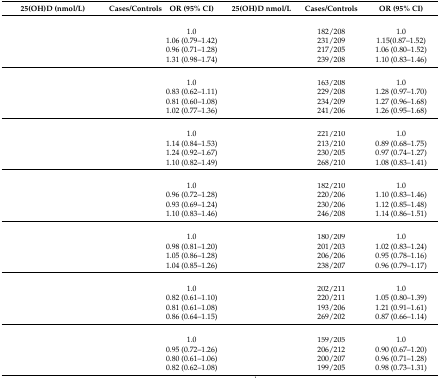
<table><thead><tr><td colspan="2"><b>25(OH)D (nmol/L)</b></td><td><b>Cases/Controls</b></td><td><b>OR (95% CI)</b></td><td><b>25(OH)D nmol/L</b></td><td><b>Cases/Controls</b></td><td><b>OR (95% CI)</b></td></tr></thead><tbody><tr><td>[EMPTY_CELL]</td><td colspan="3">[EMPTY_CELL]</td><td colspan="3">[EMPTY_CELL]</td></tr><tr><td>[EMPTY_CELL]</td><td>[EMPTY_CELL]</td><td>[EMPTY_CELL]</td><td>1.0</td><td>[EMPTY_CELL]</td><td>182/208</td><td>1.0</td></tr><tr><td>[EMPTY_CELL]</td><td>[EMPTY_CELL]</td><td>[EMPTY_CELL]</td><td>1.06 (0.79–1.42)</td><td>[EMPTY_CELL]</td><td>231/209</td><td>1.15(0.87–1.52)</td></tr><tr><td>[EMPTY_CELL]</td><td>[EMPTY_CELL]</td><td>[EMPTY_CELL]</td><td>0.96 (0.71–1.28)</td><td>[EMPTY_CELL]</td><td>217/205</td><td>1.06 (0.80–1.52)</td></tr><tr><td>[EMPTY_CELL]</td><td>[EMPTY_CELL]</td><td>[EMPTY_CELL]</td><td>1.31 (0.98–1.74)</td><td>[EMPTY_CELL]</td><td>239/208</td><td>1.10 (0.83–1.46)</td></tr><tr><td>[EMPTY_CELL]</td><td colspan="3">[EMPTY_CELL]</td><td colspan="3">[EMPTY_CELL]</td></tr><tr><td>[EMPTY_CELL]</td><td>[EMPTY_CELL]</td><td>[EMPTY_CELL]</td><td>1.0</td><td>[EMPTY_CELL]</td><td>163/208</td><td>1.0</td></tr><tr><td>[EMPTY_CELL]</td><td>[EMPTY_CELL]</td><td>[EMPTY_CELL]</td><td>0.83 (0.62–1.11)</td><td>[EMPTY_CELL]</td><td>229/208</td><td>1.28 (0.97–1.70)</td></tr><tr><td>[EMPTY_CELL]</td><td>[EMPTY_CELL]</td><td>[EMPTY_CELL]</td><td>0.81 (0.60–1.08)</td><td>[EMPTY_CELL]</td><td>234/209</td><td>1.27 (0.96–1.68)</td></tr><tr><td>[EMPTY_CELL]</td><td>[EMPTY_CELL]</td><td>[EMPTY_CELL]</td><td>1.02 (0.77–1.36)</td><td>[EMPTY_CELL]</td><td>241/206</td><td>1.26 (0.95–1.68)</td></tr><tr><td>[EMPTY_CELL]</td><td colspan="3">[EMPTY_CELL]</td><td colspan="3">[EMPTY_CELL]</td></tr><tr><td>[EMPTY_CELL]</td><td>[EMPTY_CELL]</td><td>[EMPTY_CELL]</td><td>1.0</td><td>[EMPTY_CELL]</td><td>221/210</td><td>1.0</td></tr><tr><td>[EMPTY_CELL]</td><td>[EMPTY_CELL]</td><td>[EMPTY_CELL]</td><td>1.14 (0.84–1.53)</td><td>[EMPTY_CELL]</td><td>213/210</td><td>0.89 (0.68–1.75)</td></tr><tr><td>[EMPTY_CELL]</td><td>[EMPTY_CELL]</td><td>[EMPTY_CELL]</td><td>1.24 (0.92–1.67)</td><td>[EMPTY_CELL]</td><td>230/205</td><td>0.97 (0.74–1.27)</td></tr><tr><td>[EMPTY_CELL]</td><td>[EMPTY_CELL]</td><td>[EMPTY_CELL]</td><td>1.10 (0.82–1.49)</td><td>[EMPTY_CELL]</td><td>268/210</td><td>1.08 (0.83–1.41)</td></tr><tr><td>[EMPTY_CELL]</td><td colspan="3">[EMPTY_CELL]</td><td colspan="3">[EMPTY_CELL]</td></tr><tr><td>[EMPTY_CELL]</td><td>[EMPTY_CELL]</td><td>[EMPTY_CELL]</td><td>1.0</td><td>[EMPTY_CELL]</td><td>182/210</td><td>1.0</td></tr><tr><td>[EMPTY_CELL]</td><td>[EMPTY_CELL]</td><td>[EMPTY_CELL]</td><td>0.96 (0.72–1.28)</td><td>[EMPTY_CELL]</td><td>220/206</td><td>1.10 (0.83–1.46)</td></tr><tr><td>[EMPTY_CELL]</td><td>[EMPTY_CELL]</td><td>[EMPTY_CELL]</td><td>0.93 (0.69–1.24)</td><td>[EMPTY_CELL]</td><td>230/206</td><td>1.12 (0.85–1.48)</td></tr><tr><td>[EMPTY_CELL]</td><td>[EMPTY_CELL]</td><td>[EMPTY_CELL]</td><td>1.10 (0.83–1.46)</td><td>[EMPTY_CELL]</td><td>246/208</td><td>1.14 (0.86–1.51)</td></tr><tr><td>[EMPTY_CELL]</td><td colspan="3">[EMPTY_CELL]</td><td colspan="3">[EMPTY_CELL]</td></tr><tr><td>[EMPTY_CELL]</td><td>[EMPTY_CELL]</td><td>[EMPTY_CELL]</td><td>1.0</td><td>[EMPTY_CELL]</td><td>180/209</td><td>1.0</td></tr><tr><td>[EMPTY_CELL]</td><td>[EMPTY_CELL]</td><td>[EMPTY_CELL]</td><td>0.98 (0.81–1.20)</td><td>[EMPTY_CELL]</td><td>201/203</td><td>1.02 (0.83–1.24)</td></tr><tr><td>[EMPTY_CELL]</td><td>[EMPTY_CELL]</td><td>[EMPTY_CELL]</td><td>1.05 (0.86–1.28)</td><td>[EMPTY_CELL]</td><td>206/206</td><td>0.95 (0.78–1.16)</td></tr><tr><td>[EMPTY_CELL]</td><td>[EMPTY_CELL]</td><td>[EMPTY_CELL]</td><td>1.04 (0.85–1.26)</td><td>[EMPTY_CELL]</td><td>238/207</td><td>0.96 (0.79–1.17)</td></tr><tr><td>[EMPTY_CELL]</td><td colspan="3">[EMPTY_CELL]</td><td colspan="3">[EMPTY_CELL]</td></tr><tr><td>[EMPTY_CELL]</td><td>[EMPTY_CELL]</td><td>[EMPTY_CELL]</td><td>1.0</td><td>[EMPTY_CELL]</td><td>202/211</td><td>1.0</td></tr><tr><td>[EMPTY_CELL]</td><td>[EMPTY_CELL]</td><td>[EMPTY_CELL]</td><td>0.82 (0.61–1.10)</td><td>[EMPTY_CELL]</td><td>220/211</td><td>1.05 (0.80–1.39)</td></tr><tr><td>[EMPTY_CELL]</td><td>[EMPTY_CELL]</td><td>[EMPTY_CELL]</td><td>0.81 (0.61–1.08)</td><td>[EMPTY_CELL]</td><td>193/206</td><td>1.21 (0.91–1.61)</td></tr><tr><td>[EMPTY_CELL]</td><td>[EMPTY_CELL]</td><td>[EMPTY_CELL]</td><td>0.86 (0.64–1.15)</td><td>[EMPTY_CELL]</td><td>269/202</td><td>0.87 (0.66–1.14)</td></tr><tr><td>[EMPTY_CELL]</td><td colspan="3">[EMPTY_CELL]</td><td colspan="3">[EMPTY_CELL]</td></tr><tr><td>[EMPTY_CELL]</td><td>[EMPTY_CELL]</td><td>[EMPTY_CELL]</td><td>1.0</td><td>[EMPTY_CELL]</td><td>159/205</td><td>1.0</td></tr><tr><td>[EMPTY_CELL]</td><td>[EMPTY_CELL]</td><td>[EMPTY_CELL]</td><td>0.95 (0.72–1.26)</td><td>[EMPTY_CELL]</td><td>206/212</td><td>0.90 (0.67–1.20)</td></tr><tr><td>[EMPTY_CELL]</td><td>[EMPTY_CELL]</td><td>[EMPTY_CELL]</td><td>0.80 (0.61–1.06)</td><td>[EMPTY_CELL]</td><td>200/207</td><td>0.96 (0.71–1.28)</td></tr><tr><td>[EMPTY_CELL]</td><td>[EMPTY_CELL]</td><td>[EMPTY_CELL]</td><td>0.82 (0.62–1.08)</td><td>[EMPTY_CELL]</td><td>199/205</td><td>0.98 (0.73–1.31)</td></tr></tbody></table>